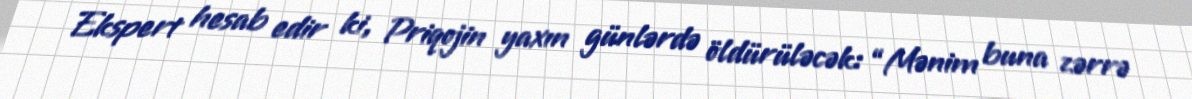
Ekspert hesab edir ki, Priqojin yaxın günlərdə öldürüləcək: “Mənim buna zərrə